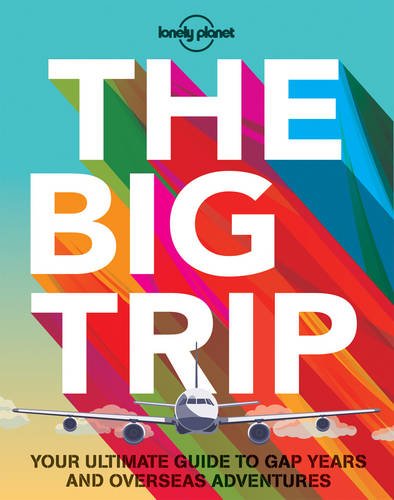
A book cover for The Big Trip: Your Ultimate Guide to Gap Years and Overseas Adventures (General Reference); Lonely Planet; Travel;